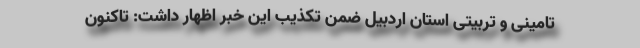
تامینی و تربیتی استان اردبیل ضمن تکذیب این خبر اظهار داشت: تاکنون